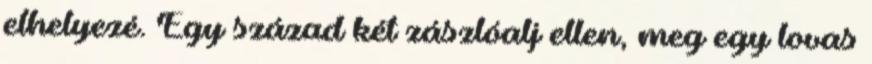
elhelyezé. Egy század két zászlóalj ellen, meg egy lovas